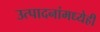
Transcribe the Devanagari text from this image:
उत्पादनांमध्येही